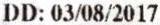
DD: 03/08/2017